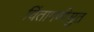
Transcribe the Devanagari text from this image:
चिंतामणीसुत